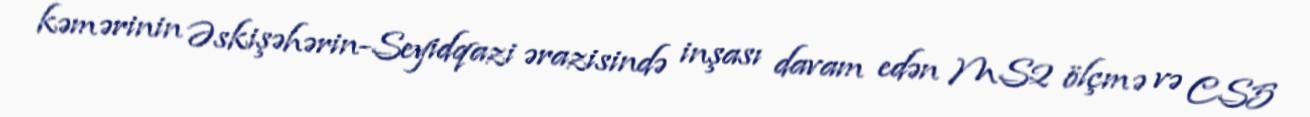
kəmərinin Əskişəhərin-Seyidqazi ərazisində inşası davam edən MS2 ölçmə və CS5